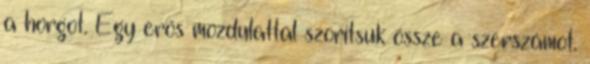
a horgot. Egy erős mozdulattal szorítsuk össze a szerszámot.